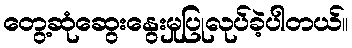
တွေ့ဆုံဆွေးနွေးမှုပြုလုပ်ခဲ့ပါတယ်။